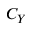
C _ { Y }